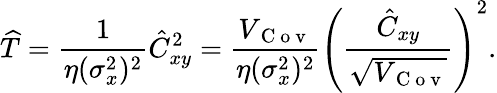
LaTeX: \widehat{T}=\frac{1}{\eta(\sigma_{x}^{2})^{2}}\hat{C}_{xy}^{2}=\frac{V_{\mathrm{~C~o~v~}}}{\eta(\sigma_{x}^{2})^{2}}\left(\frac{\hat{C}_{xy}}{\sqrt{V_{\mathrm{~C~o~v~}}}}\right)^{2}.